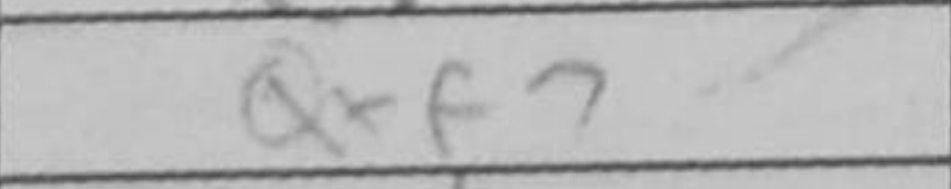
Transcription: Qxf7